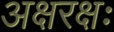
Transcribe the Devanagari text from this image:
अक्षरक्षः